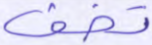
تخف